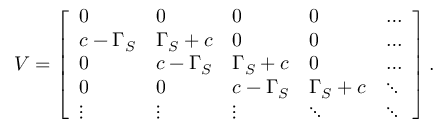
V = \left[ \begin{array} { l l l l l } { 0 } & { 0 } & { 0 } & { 0 } & { \hdots } \\ { c - \Gamma _ { S } } & { \Gamma _ { S } + c } & { 0 } & { 0 } & { \hdots } \\ { 0 } & { c - \Gamma _ { S } } & { \Gamma _ { S } + c } & { 0 } & { \hdots } \\ { 0 } & { 0 } & { c - \Gamma _ { S } } & { \Gamma _ { S } + c } & { \ddots } \\ { \vdots } & { \vdots } & { \vdots } & { \ddots } & { \ddots } \end{array} \right] .